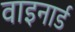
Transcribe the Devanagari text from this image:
वाइनार्ड